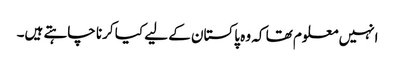
انہیں معلوم تھا کہ وہ پاکستان کے لیے کیا کرنا چاہتے ہیں۔